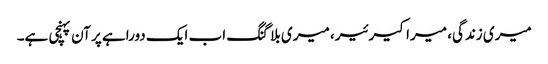
میری زندگی، میرا کیرئیر، میری بلاگنگ اب ایک دوراہے پر آن پہنچی ہے۔